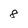
Character: 8